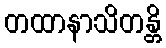
တထာနာသိတန္တိ